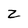
Character: Z